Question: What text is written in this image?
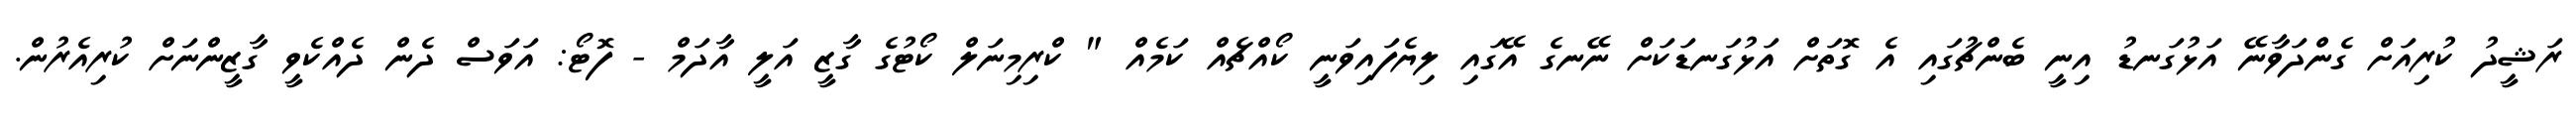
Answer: ރަޝީދު ކުރިއަށް ގެންދަވާނޭ އަޅުގަނޑު އިނީ ބެންޗުގައި އެ ގޮތަށް އަޅުގަނޑަކަށް ނޭނގެ އޭގައި ލިޔެފައިވަނީ ކޯއްޗެއް ކަމެއް " ކްރިމިނަލް ކޯޓުގެ ގާޒީ އަލީ އާދަމް - ފޮޓޯ: އަވަސް ދެން ދެއްކެވީ ގާޒީންނަށް ކުރިއެރުން.